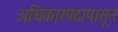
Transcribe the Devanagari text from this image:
अधिकारपदापासून